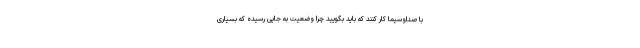
با صداوسیما کار کنند که باید بگویید چرا وضعیت به جایی رسیده که بسیاری